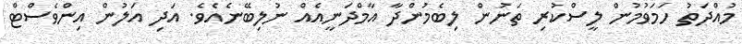
މުއްދަތު ހަމަވުމުން ލީސްކުރި ތަނުން ލިބެމުންދާ އާމްދަނީއެއް ނުލިބޭނެއެވެ. އަދި އަލުން އިންވެސްޓް